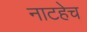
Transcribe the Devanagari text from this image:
नाटहेच